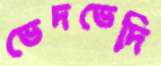
ভেদভেদি